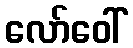
လော်ဝေါ်